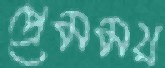
প্রেমময়